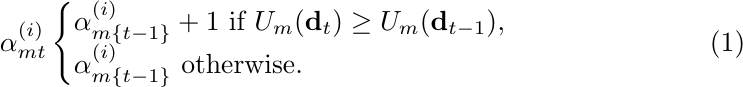
    \begin{equation}\label{eq:learn_a}
        \alpha^{(i)}_{mt}
            \begin{cases}
                \alpha^{(i)}_{m\{t-1\}}+1 \textrm{ if } U_m(\mathbf{d}_{t}) \geq U_m(\mathbf{d}_{t-1}),\\
                \alpha^{(i)}_{m\{t-1\}} \textrm{ otherwise.}
            \end{cases}
    \end{equation}